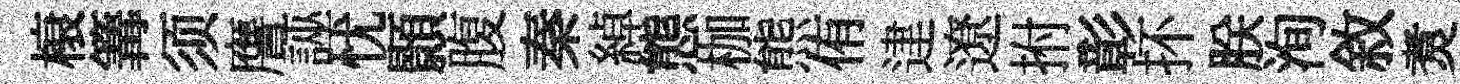
榱篝须譍誣忧顥腹秦綽態枷熊侑䢖遼拊彰抔朕洵敘煑